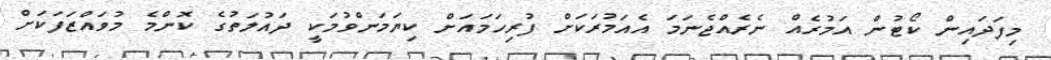
މިފަދައިން ކޯޓުން އަމުރެއް ނެރެއްޖެނަމަ އެއަމުރަކަށް ފުރިހަމައަށް ކިޔަމަންވުމަކީ ދައުލަތުގެ ކޮންމެ މުވައްޒަފަކަށް